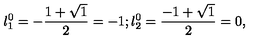
{ l _ { 1 } ^ { 0 } } = - \frac { 1 + \sqrt { 1 } } { 2 } = - 1 ; { l _ { 2 } ^ { 0 } } = \frac { - 1 + \sqrt { 1 } } { 2 } = 0 ,